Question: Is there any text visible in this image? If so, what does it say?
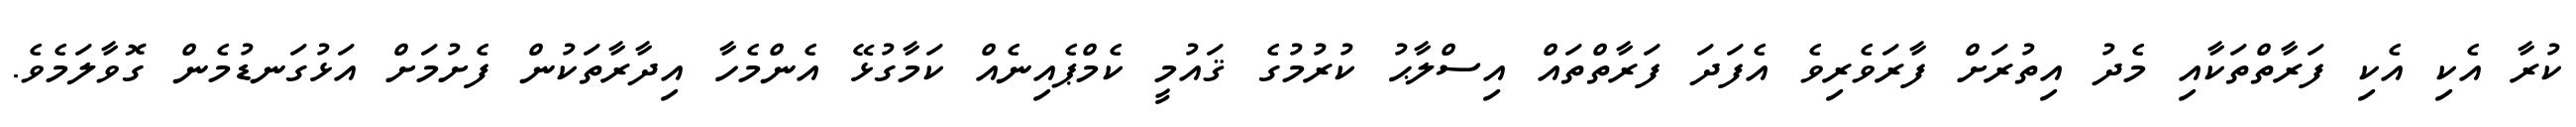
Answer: ކުރާ އެކި އެކި ފަރާތްތަކާއި މެދު އިތުރަށް ފާރަވެރިވެ އެފަދަ ފަރާތްތައް އިސްލާޙު ކުރުމުގެ ޤައުމީ ކެމްޕެއިނެއް ކަމާގުޅޭ އެންމެހާ އިދާރާތަކުން ފެށުމަށް އަޅުގަނޑުމެން ގޮވާލަމެވެ.